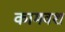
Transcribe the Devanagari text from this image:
कामवश